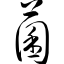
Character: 菌